Report on lock hospitals in British Burma
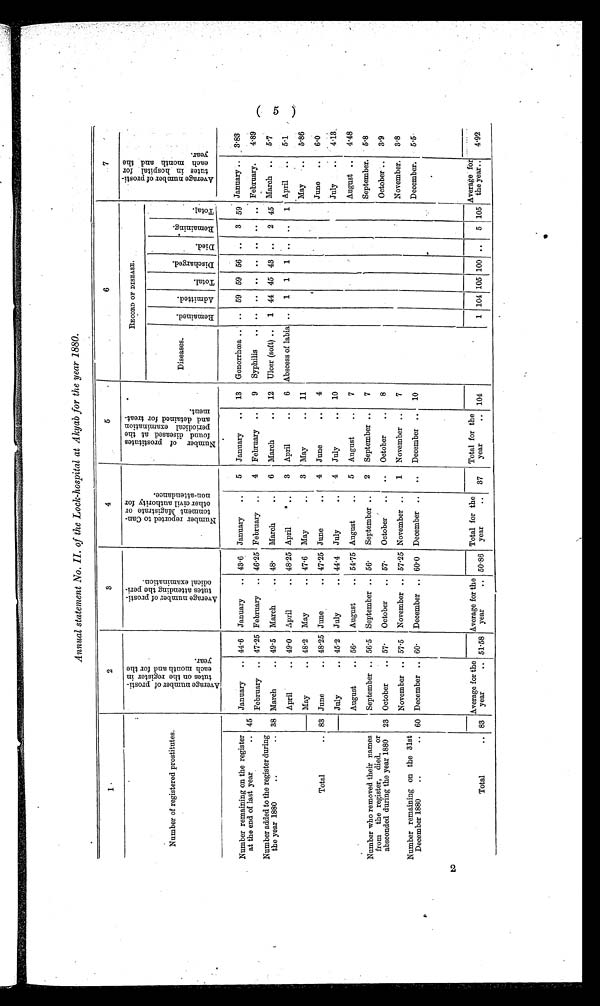
Annual statement No. II. of the Lock-hospital at Akyab for the year 1880.
1
2
3
4
5
6
7
Number of registered prostitutes.
A v e r a g e n u m b e r o f p r o s t i t u t e s o n t h e r e g i s t e r i n e a c h m o n t h a n d f o r t h e y e a r .
A v e r a g e n u m b e r o f p r o s t i t u t e s a t t e n d i n g t h e p e r i o d i c a l e x a m i n a t i o n .
N u m b e r r e p o r t e d t o C a n t o n m e n t M a g i s t r a t e o r o t h e r c i v i l a u t h o r i t y f o r n o n - a t t a n d a n c e .
N u m b e r o f p r o s t i t u t e s f o u n d d i s e a s e d a t t h e p e r i o d i c a l e x a m i n a t i o n a n d d e t a i n e d f o r t r e a t m e n t .
RECORD OF DISEASE.
A v e r a g e n u m b e r o f p r o s t i t u t e s i n h o s p i t a l f o r e a c h a n d t h e y e a r .
Diseases.
R e m a i n e d .
A d m i t t e d .
T o t a l .
D i s c h a r g e d . D i e d .
R e m a i n i n g .
Total.
Number remaining on the register
at the end of last year
.. 45
January
.. 44. 6 January
.. 43. 6 January
..
5
January
..
13
Gonorrhoea .. .. 59 59 56 ..
3 59 January ..
3.83
February .. 47 . 25 February .. 46 .25 February ..
4 February ..
9
Syphilis
..
.. .. .. .. ..
.. February.
4.89
Number added to the register during
the year 1880
..
.. 38 March
.. 49.5 March
.. 48.
March
. .
6
March
..
12
Ulcer (soft) ..
1 44 45 43 ..
2 45 March
5.7
April
.. 49.0 April
.. 48 .25 April
. .
3
April
..
6 Abscess of labia ..
1
1
1 ..
..
1 April
5.1
Total
..
May
.. 48 .2 May
.. 47 . 6 May
. .
3
May
..
11
May
5.86
83 June
.. 48 .25 June
.. 47 .25 June
. .
4 June
. .
4
_
June
6.0
July .. 45 . 2 July
.. 44 .4 July
. .
4
July
. . 10
July
4.13
Number who removed their names
from the register, died, or
absconded during the year 1880
August
.. 56.
August
.. 54. 75 August
..
5
August
..
7
August ..
4.48
September .. 56 .5 September .. 56.
September ..
2
September ..
7
September.
5.8
23 October
.. 57.
October
.. 57.
October
..
..
October
..
8
October ..
3.9
Number remaining on the 31st
December 1880
..
..
November .. 57 .5 November .. 57 .25 November ..
1
November ..
7
November.
3.8
60 December .. 60.
December .. 60. 0 December ..
..
December ..
10
December.
5.5
Total
.. 83
Average for the
year
.. 51 .58
Average for the
year
.. 5086
Total for the
year
..
37
Total for the
year
.. 104
1 104 105 100 ..
5 105
Average for
the year.. ..
4.92